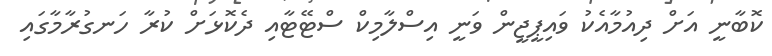
ކޮބާނީ އަށް ދިއުމާއެކު ވައިޕީޖީން ވަނީ އިސްލާމިކް ސްޓޭޓާއި ދެކޮޅަށް ކުރާ ހަނގުރާމާގައި